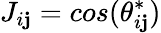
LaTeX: J_{i\mathbf{j}}=cos(\theta_{i\mathbf{j}}^{*})